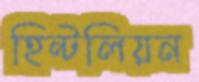
হিন্টলিয়ন